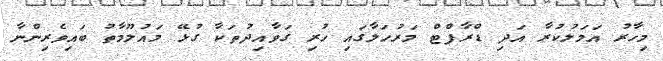
މިހާރު އަމަލުކުރާ އަދި ޑްރާފްޓް މަރުހަލާގައި ހުރި ގަވާއިދުތަކާ ގުޅޭ މައުލޫމާތު ބައިވެރިންނާ